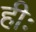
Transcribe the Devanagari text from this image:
हीः